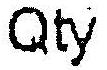
QTY